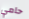
حامي